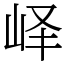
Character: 峄